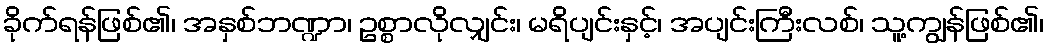
ခိုက်ရန်ဖြစ်၏၊ အနှစ်ဘဏ္ဍာ၊ ဥစ္စာလိုလျှင်း၊ မရိပျင်းနှင့်၊ အပျင်းကြီးလစ်၊ သူ့ကျွန်ဖြစ်၏၊